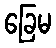
ခြေမ